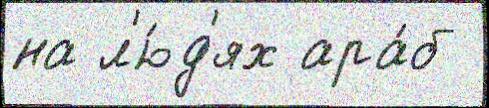
на л'ю́д'ях ара́б